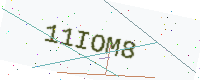
Text: 11IOM8